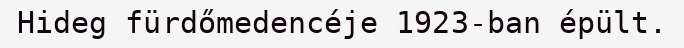
Hideg fürdőmedencéje 1923-ban épült.